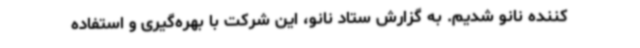
‌کننده نانو شدیم. به گزارش ستاد نانو، این شرکت با بهره‌گیری و استفاده